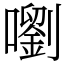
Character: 嚠